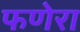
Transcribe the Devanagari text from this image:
फणेरा